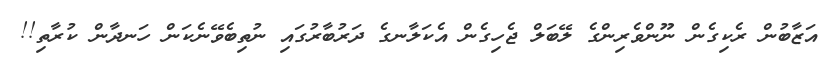
އަޒާބުން ރެކިގެން ނޫންވެރިންގެ ލޭބަލް ޖެހިގެން އެކަލާނގެ ދަރުބާރުގައި ނުތިބެވޭނެކަން ހަނދާން ކުރާތި!!